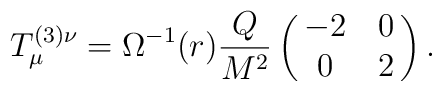
T_{\mu}^{(3)\nu}=\Omega^{-1}(r)\frac{Q}{M^{2}}\left(\matrix{-2&0\cr0&2\cr}\right).